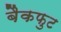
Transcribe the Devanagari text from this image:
बैकफुट